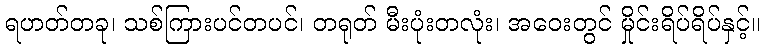
ရဟတ်တခု၊ သစ်ကြားပင်တပင်၊ တရုတ် မီးပုံးတလုံး၊ အဝေးတွင် မှိုင်းရိပ်ရိပ်နှင့်။